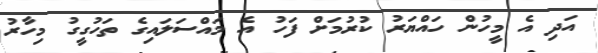
އަދި އެ މީހުން ހައްޔަރު ކުުރުމަށް ފަހު އެ މައްސަލައިގެ ތަހުގީގު މިހާރު